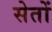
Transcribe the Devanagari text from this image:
सेतों